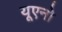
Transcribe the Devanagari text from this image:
यूएनो